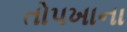
તોપખાના